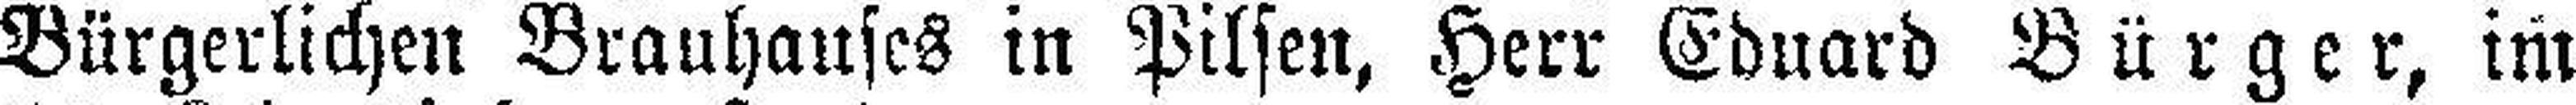
Bürgerlichen Brauhauses in Pilsen, Herr Eduard Bürger, im